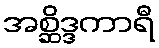
အစ္ဆိဒ္ဒကာရီ